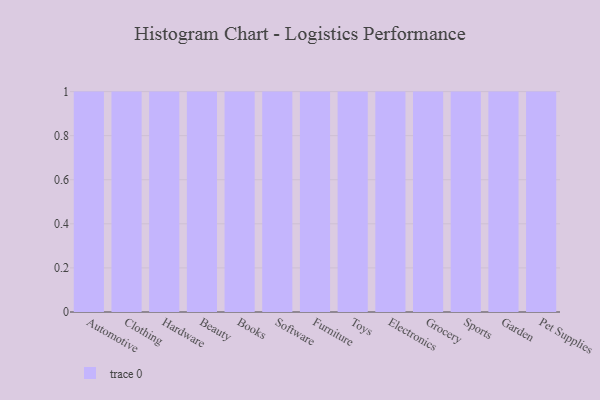
{"axis": {"x": "Category", "y": "Bounce Rate (%)"}, "legend": [""], "data": [{"x": "Automotive", "y": 56, "type": ""}, {"x": "Clothing", "y": 9, "type": ""}, {"x": "Hardware", "y": 69, "type": ""}, {"x": "Beauty", "y": 89, "type": ""}, {"x": "Books", "y": 15, "type": ""}, {"x": "Software", "y": 77, "type": ""}, {"x": "Furniture", "y": 17, "type": ""}, {"x": "Toys", "y": 64, "type": ""}, {"x": "Electronics", "y": 86, "type": ""}, {"x": "Grocery", "y": 5, "type": ""}, {"x": "Sports", "y": 24, "type": ""}, {"x": "Garden", "y": 8, "type": ""}, {"x": "Pet Supplies", "y": 47, "type": ""}]}